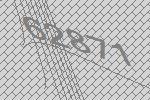
62871